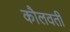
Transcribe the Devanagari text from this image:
कौलवती